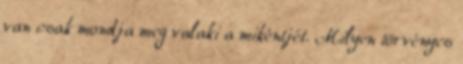
van csak mondja meg valaki a mikéntjét. Milyen törvényes